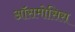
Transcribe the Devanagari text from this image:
ऑसमोसिस